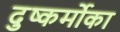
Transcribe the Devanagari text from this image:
दुष्कर्मोका